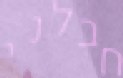
חבלני